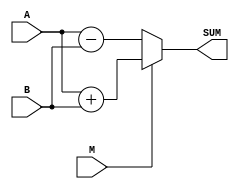
`timescale 1ns / 1ps
//////////////////////////////////////////////////////////////////////////////////
// Company: 
// Engineer: 
// 
// Design Name: 
// Module Name: behavioral_verilog
// Project Name: 
// Target Devices: 
// Tool Versions: 
// Description: 
// 
// Dependencies: 
// 
// Revision:
// Revision 0.01 - File Created
// Additional Comments:
// 
//////////////////////////////////////////////////////////////////////////////////


module behavioral_verilog(

input M,
input [3:0] A,B,
output [4:0] SUM
    );
    
    assign SUM = M?A+B:A-B; 
    
endmodule